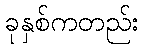
ခုနှစ်ကတည်း